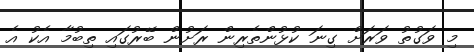
މި ވަގުތު ވަރަށް ގިނަ ކުޅުންތެރިން ރަށުން ބޭރުގައި ތިބުމާ އެކު އެ